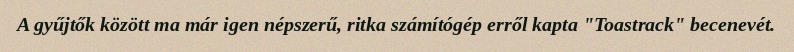
A gyűjtők között ma már igen népszerű, ritka számítógép erről kapta "Toastrack" becenevét.